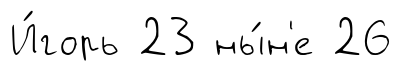
И́горь 23 ны́н'е 26